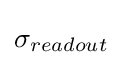
\sigma _{readout}